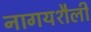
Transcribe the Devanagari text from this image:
नागयशैली